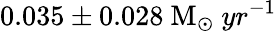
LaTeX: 0.035\pm 0.028~\mathrm{M}_{\odot}~yr^{-1}